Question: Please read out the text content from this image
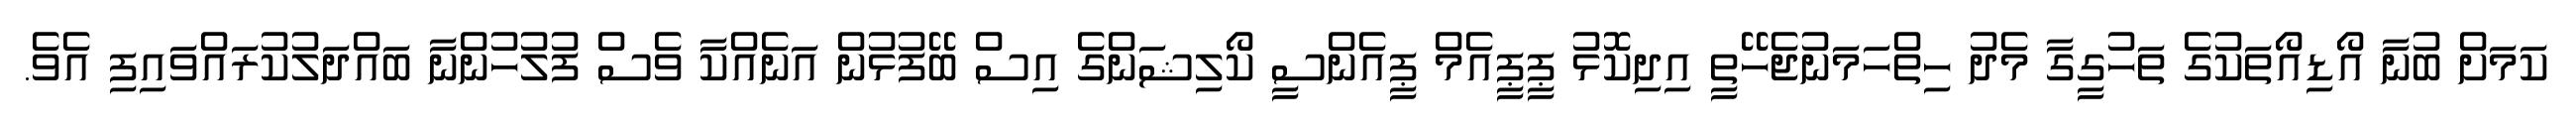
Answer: ކަމަށް ބުނާ އޯޑިއޯތަކުގެ ތަހުގީގާ މެދު ހިތްހަމަނުޖެހޭތީ އިދިކޮޅު ޕީޕީއެމް ޕީއެންސީ ކޯލިޝަންގެ އިސް ބޭފުޅުން އަނެއްކާ ވެސް ފުލުހުންނާ ބައްދަލުކުރައްވައިފި އެވެ.